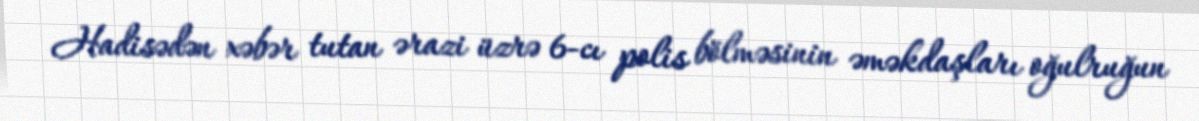
Hadisədən xəbər tutan ərazi üzrə 6-cı polis bölməsinin əməkdaşları oğulruğun